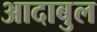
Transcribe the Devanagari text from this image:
आदाबुल